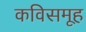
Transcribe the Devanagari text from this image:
कविसमूह